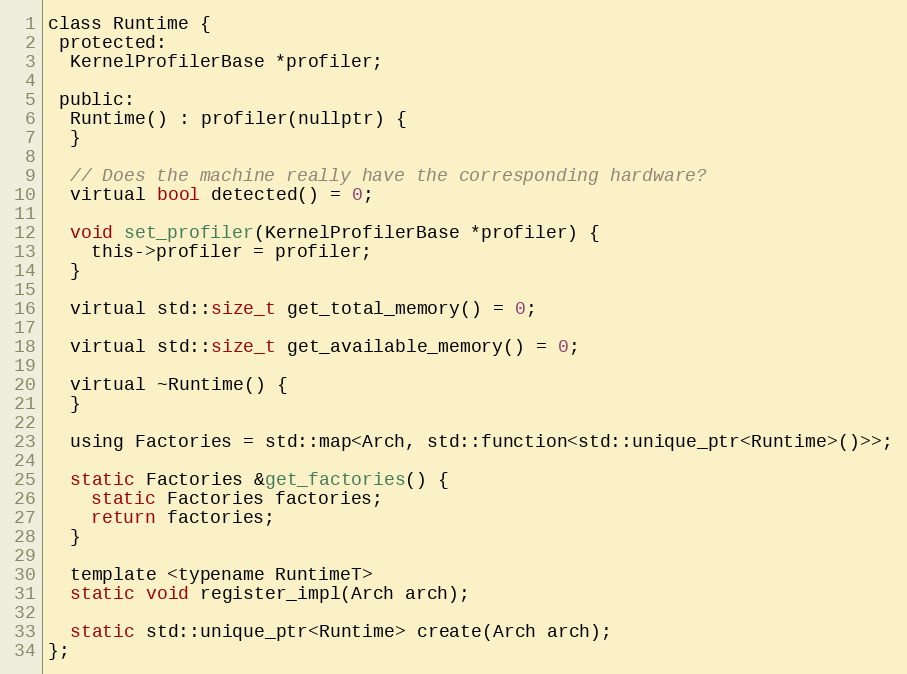
Language: C
class Runtime {
 protected:
  KernelProfilerBase *profiler;

 public:
  Runtime() : profiler(nullptr) {
  }

  // Does the machine really have the corresponding hardware?
  virtual bool detected() = 0;

  void set_profiler(KernelProfilerBase *profiler) {
    this->profiler = profiler;
  }

  virtual std::size_t get_total_memory() = 0;

  virtual std::size_t get_available_memory() = 0;

  virtual ~Runtime() {
  }

  using Factories = std::map<Arch, std::function<std::unique_ptr<Runtime>()>>;

  static Factories &get_factories() {
    static Factories factories;
    return factories;
  }

  template <typename RuntimeT>
  static void register_impl(Arch arch);

  static std::unique_ptr<Runtime> create(Arch arch);
};